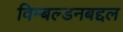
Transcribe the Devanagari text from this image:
विम्बल्डनबद्दल